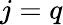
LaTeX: j=q